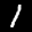
Label: 1